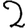
Digit: 2